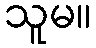
သူမ။